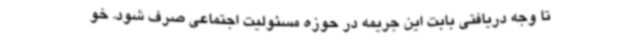
تا وجه دریافتی بابت این جریمه در حوزه مسئولیت اجتماعی صرف شود. خو